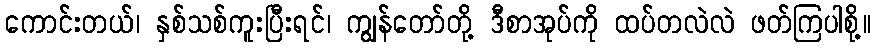
ကောင်းတယ်၊ နှစ်သစ်ကူးပြီးရင်၊ ကျွန်တော်တို့ ဒီစာအုပ်ကို ထပ်တလဲလဲ ဖတ်ကြပါစို့။